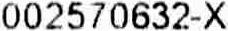
002570632-X